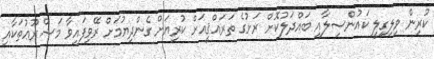
ކުރިން ވިލިގިލީ ކައުންސިލާއި ބައްދަލުކޮށް ރަށުގެ ތަރައްޤީއަށް ކުރިޔަށް ގެންދިޔުމަށް ރޭވިފައިވާ މަޝްރޫޢުތަކާއި